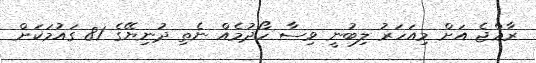
ރާޢްޖެ އަށް މިއަހަރު ލިބުނީ ވިސާ ހޯދުމެއް ނެތި ދުނިޔޭގެ 81 ގައުމަކަށް